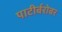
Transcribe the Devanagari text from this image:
पाटीर्बरोबर